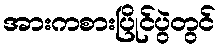
အားကစားပြိုင်ပွဲတွင်